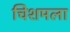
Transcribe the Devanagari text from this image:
चिशमला